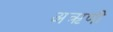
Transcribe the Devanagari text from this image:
अऋणी